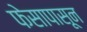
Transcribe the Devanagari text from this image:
फेसापासून